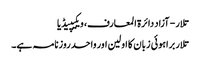
تلار - آزاد دائرۃ المعارف، ویکیپیڈیا
تلار براہوئی زبان کا اولین اور واحد روزنامہ ہے۔